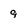
Character: 9